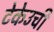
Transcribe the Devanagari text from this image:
टेकेउची